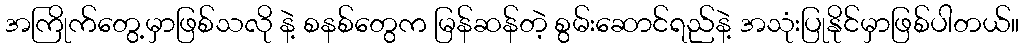
အကြိုက်တွေ့မှာဖြစ်သလို နဲ့ စနစ်တွေက မြန်ဆန်တဲ့ စွမ်းဆောင်ရည်နဲ့ အသုံးပြုနိုင်မှာဖြစ်ပါတယ်။